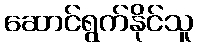
ဆောင်ရွက်နိုင်သူ